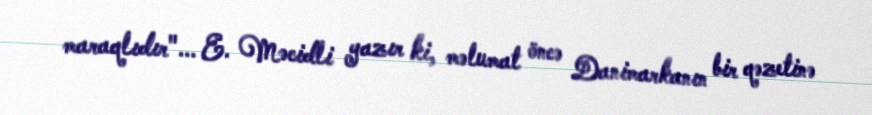
maraqlıdır"... E. Məcidli yazır ki, məlumat öncə Danimarkanın bir qəzetinə